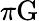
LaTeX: \pi\mathrm{G}